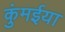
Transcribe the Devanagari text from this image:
कुंमईया